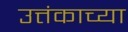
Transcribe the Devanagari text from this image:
उत्तंकाच्या